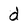
Character: d